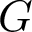
G